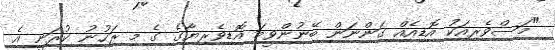
"މަސްވެރިއަކު އޮޑިއެއް ގަންނަން ބޭނުންވީމަ އޮޑިވެރިޔާގެ ގެ މި ރަހުނު ކުރަނީ އެ